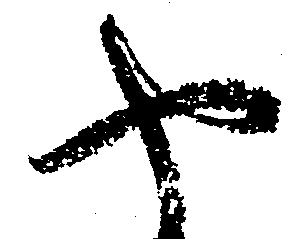
や